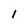
Character: l